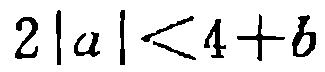
\(2\left| a\right|<4 + b\)